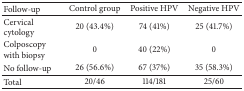
| Follow-up | Control group | Positive HPV | Negative HPV |
 | --- | --- | --- | --- |
 | Cervical cytology | 20 (43.4%) | 74 (41%) | 25 (41.7%) |
 | Colposcopy with biopsy | 0 | 40 (22%) | 0 |
 | No follow-up | 26 (56.6%) | 67 (37%) | 35 (58.3%) |
 | Total | 20/46 | 114/181 | 25/60 |